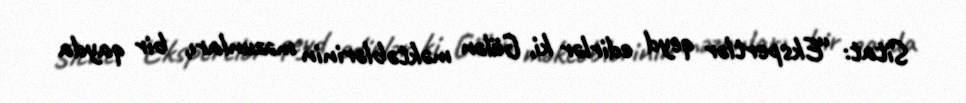
Sitat: “Ekspertlər qeyd edirlər ki, Gülən məktəblərinin məzunları, bir qayda